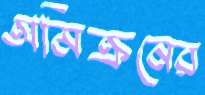
অমিক্রনের